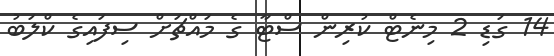
14 ގަޑި 2 މިނެޓް ކުރިން ސްޓާ ގެ މައްޗަށް ސިފައިގެ ކްލަބު